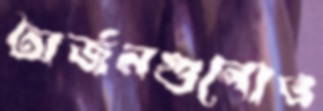
অর্জনগুলোও